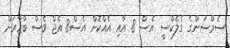
ސެމްސަންގެ ގެލެކްސީ އެސް 8 އާއި އެއްކޮށް އެސް8 އެޖް ވެސް ބާޒާރަށް